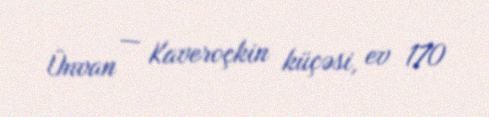
Ünvan — Kaveroçkin küçəsi, ev 170